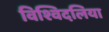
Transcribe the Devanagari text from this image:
विश्विदलिया